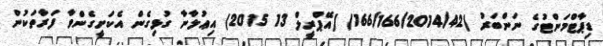
ޑިޕާޓްމަންޓުގެ ނަންބަރު )166/166/2014/42) (އޭޕްރީލް 13 2015) އިޢުލާނާ ގުޅިގެން އެކަށީގެންވާ ފަރާތަކުން